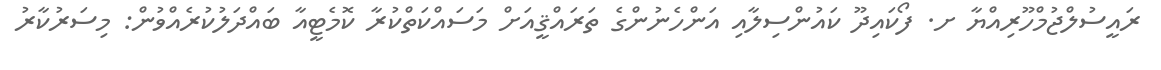
ރައީސުލްޖުމްހޫރިއްޔާ ށ. ފޯކައިދޫ ކައުންސިލާއި އަންހެނުންގެ ތަރައްޤީއަށް މަސައްކަތްކުރާ ކޮމެޓީއާ ބައްދަލުކުރެއްވުން: މިސަރުކާރު